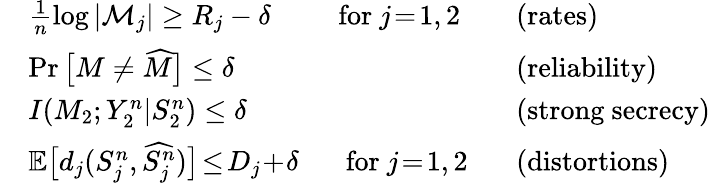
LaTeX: \begin{array}{rlrl}&{\frac{1}{n}\log|\mathcal{M}_{j}|\geq R_{j}-\delta\quad\; \; \; \; \; \mathrm{for~}j\! =\! 1,2\; \; }&&{\! \! \! \! \! (\mathrm{rates})}\\ &{\operatorname*{Pr}\big[M\neq\widehat{M}\big]\leq\delta}&&{\! \! \! \! \! (\mathrm{reliability})}\\ &{I(M_{2};Y_{2}^{n}|S_{2}^{n})\leq\delta}&&{\! \! \! \! \! (\mathrm{strong~secrecy})}\\ &{\mathbb{E}\big[d_{j}(S_{j}^{n},\widehat{S_{j}^{n}})\big]\! \leq\! D_{j}\! +\! \delta\; \; \; \; \; \; \mathrm{for~}j\! =\! 1,2\; \; }&&{\! \! \! \! \! (\mathrm{distortions})}\end{array}